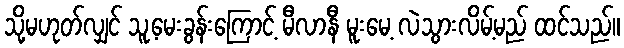
သို့မဟုတ်လျှင် သူ့မေးခွန်းကြောင့် မီလာနီ မူးမေ့ လဲသွားလိမ့်မည် ထင်သည်။